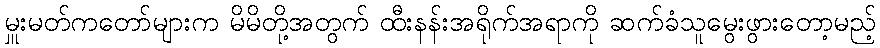
မှူးမတ်ကတော်များက မိမိတို့အတွက် ထီးနန်းအရိုက်အရာကို ဆက်ခံသူမွေးဖွားတော့မည့်